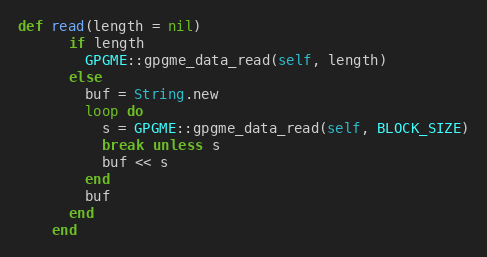
Language: Ruby
def read(length = nil)
      if length
        GPGME::gpgme_data_read(self, length)
      else
        buf = String.new
        loop do
          s = GPGME::gpgme_data_read(self, BLOCK_SIZE)
          break unless s
          buf << s
        end
        buf
      end
    end